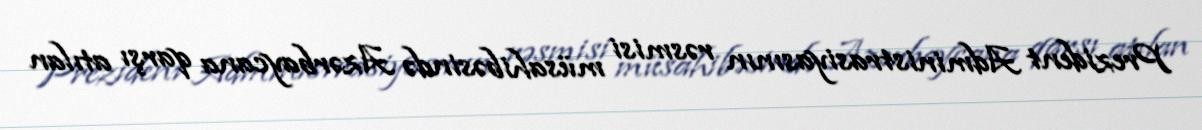
Prezident Administrasiyasının rəsmisi müsahibəsində Azərbaycana qarşı atılan